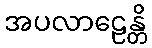
အပလာဠေန္တိ